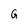
Character: G